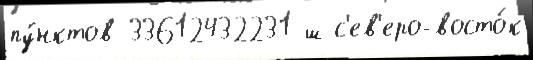
пу́нктов 33612432231 ш с'ев'еро-восто́к